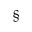
\S